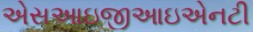
એસઆઇજીઆઇએનટી